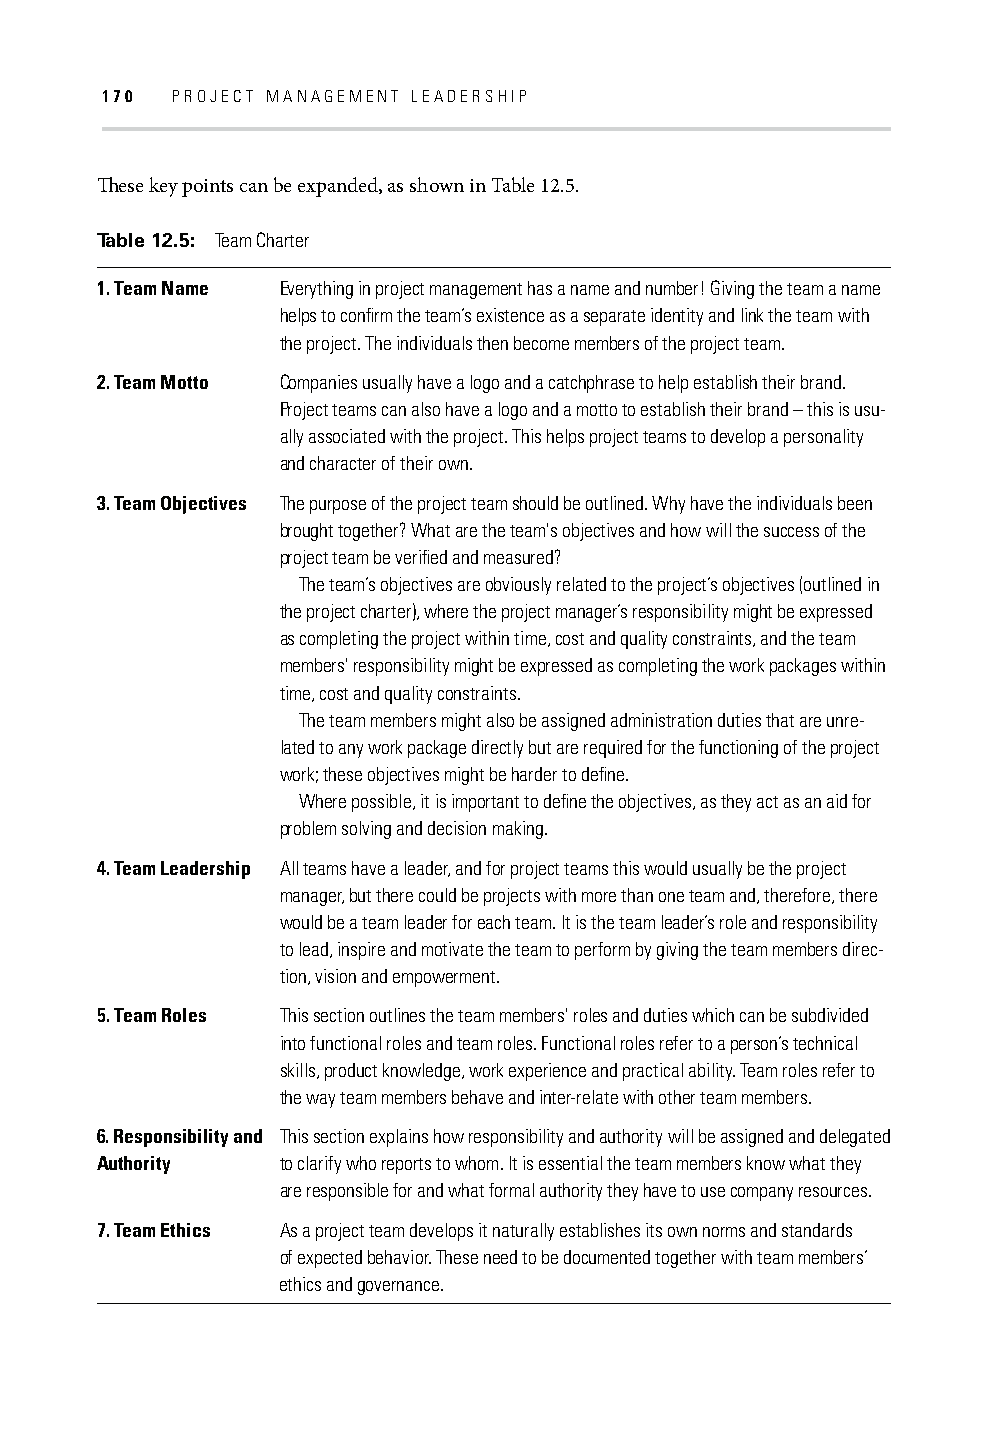
170 PROJECT MANAGEMENT LEADERSHIP
 Th ese key points can be expanded, as shown in Table 12.5.
 Table 12.5: Team Charter
 1. Team Name Everything in project management has a name and number! Giving the team a name
 helps to confi rm the team’s existence as a separate identity and link the team with
 the project. The individuals then become members of the project team.
 2. Team Motto Companies usually have a logo and a catchphrase to help establish their brand.
 Project teams can also have a logo and a motto to establish their brand – this is usu-
 ally associated with the project. This helps project teams to develop a personality
 and character of their own.
 3. Team Objectives The purpose of the project team should be outlined. Why have the individuals been
 brought together? What are the team's objectives and how will the success of the
 project team be verifi ed and measured?
 The team’s objectives are obviously related to the project’s objectives (outlined in
 the project charter), where the project manager’s responsibility might be expressed
 as completing the project within time, cost and quality constraints, and the team
 members' responsibility might be expressed as completing the work packages within
 time, cost and quality constraints.
 The team members might also be assigned administration duties that are unre-
 lated to any work package directly but are required for the functioning of the project
 work; these objectives might be harder to defi ne.
 Where possible, it is important to defi ne the objectives, as they act as an aid for
 problem solving and decision making.
 4. Team Leadership All teams have a leader, and for project teams this would usually be the project
 manager, but there could be projects with more than one team and, therefore, there
 would be a team leader for each team. It is the team leader’s role and responsibility
 to lead, inspire and motivate the team to perform by giving the team members direc-
 tion, vision and empowerment.
 5. Team Roles This section outlines the team members' roles and duties which can be subdivided
 into functional roles and team roles. Functional roles refer to a person’s technical
 skills, product knowledge, work experience and practical ability. Team roles refer to
 the way team members behave and inter-relate with other team members.
 6. Responsibility and This section explains how responsibility and authority will be assigned and delegated
 Authority   to clarify who reports to whom. It is essential the team members know what they
 are responsible for and what formal authority they have to use company resources.
 7. Team Ethics As a project team develops it naturally establishes its own norms and standards
 of expected behavior. These need to be documented together with team members’
 ethics and governance.